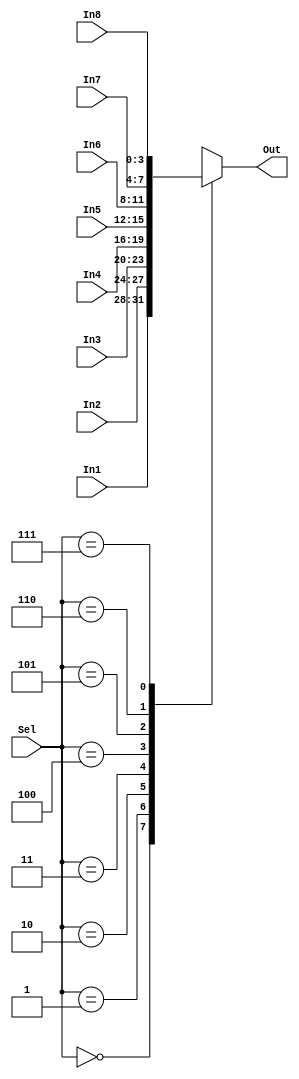
module mux_8to1( In1, In2, In3, In4, In5,In6, In7, In8, Sel, Out); 


input [3:0]  In1, In2, In3, In4, In5, In6, In7, In8; //The eight 8-bit input lines of the Mux 
input [2:0] Sel; //The three bit selection line 
output [3:0] Out; //The single 8-bit output line of the Mux 

reg [3:0] Out; 

//Check the state of the input lines 
always @ (*) 
begin 
 case (Sel) 
  3'b000 : Out = In1; 
  3'b001 : Out = In2; 
  3'b010 : Out = In3; 
  3'b011 : Out = In4; 
  3'b100 : Out = In5; 
  3'b101 : Out = In6; 
  3'b110 : Out = In7; 
  3'b111 : Out = In8; 
  default : Out = 4'b0; 

  //If input is undefined then output is undefined 

 endcase 

end  

endmodule